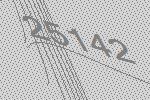
25142